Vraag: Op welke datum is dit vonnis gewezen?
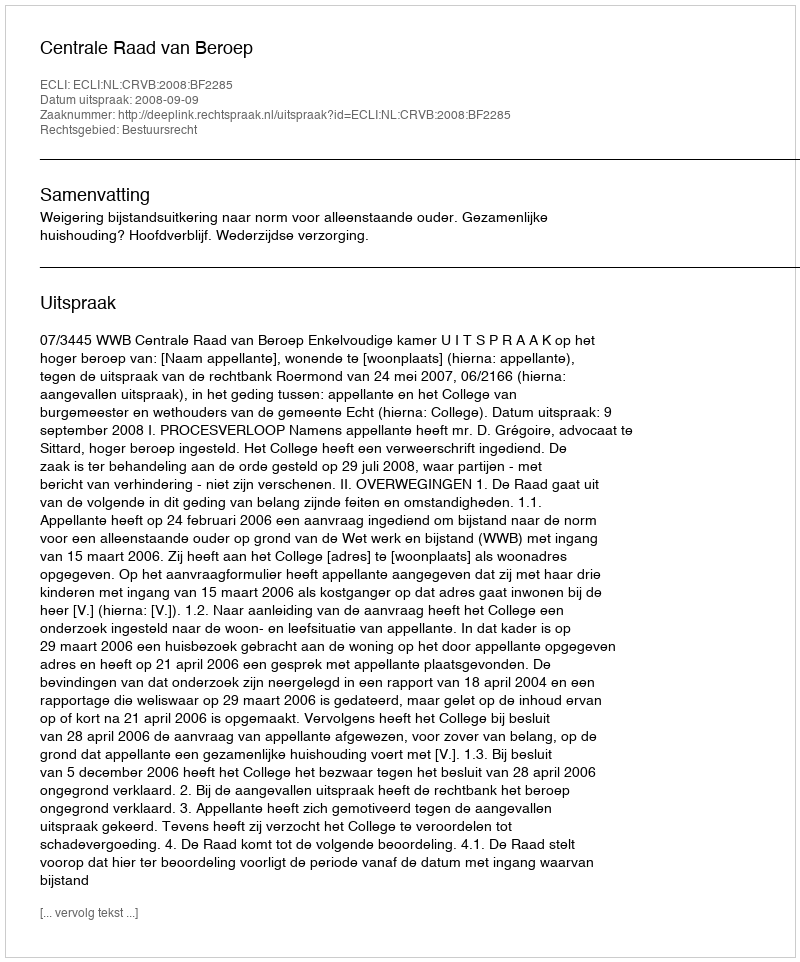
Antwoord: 2008-09-09